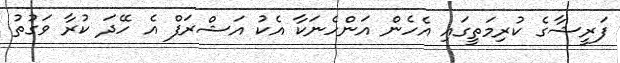
ފަރީޝާގެ ކުރިމަތީގައި އެހެން އަންހެނަކާ އެކު އަޝްރަފް އެ ހޭދަ ކުރާ ވަގުތު